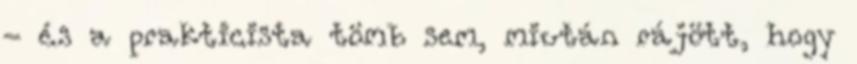
- és a prakticista tömb sem, miután rájött, hogy